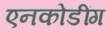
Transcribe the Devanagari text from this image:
एनकोडींग